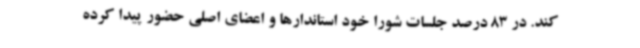
کند. در 83 درصد جلسات شورا خود استاندارها و اعضای اصلی حضور پیدا کرده